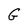
Character: G